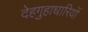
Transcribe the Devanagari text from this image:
देहगुहाधारियों